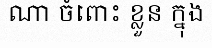
ណា ចំពោះ ខ្លួន ក្នុង